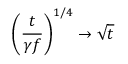
\left( \frac { t } { \gamma f } \right) ^ { 1 / 4 } \to \sqrt { t }